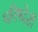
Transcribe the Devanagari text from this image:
परिषदेशी